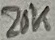
Text: 20K